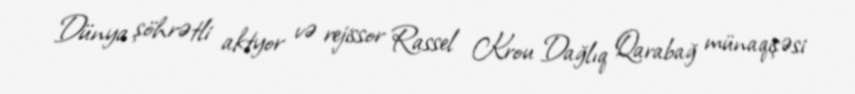
Dünya şöhrətli aktyor və rejissor Rassel Krou Dağlıq Qarabağ münaqişəsi